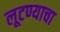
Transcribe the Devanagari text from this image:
लूटण्याचा